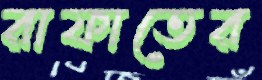
রাফাতের